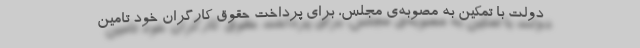
دولت با تمکین به مصوبه‌ی مجلس، برای پرداخت حقوق کارگران خود تامین